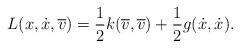
LaTeX: \begin{gather*} L ( x, \dot{x}, \overline{ v } ) = \frac{1}{2} k ( \overline{ v} , \overline{ v } ) + \frac{1}{2} g ( \dot{x} , \dot{x} ) . \end{gather*}